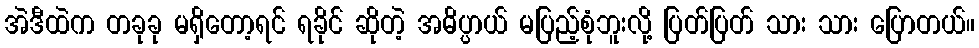
အဲဒီထဲက တခုခု မရှိတော့ရင် ရခိုင် ဆိုတဲ့ အဓိပ္ပာယ် မပြည့်စုံဘူးလို့ ပြတ်ပြတ် သား သား ပြောတယ်။